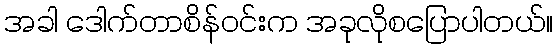
အခါ ဒေါက်တာစိန်ဝင်းက အခုလိုစပြောပါတယ်။